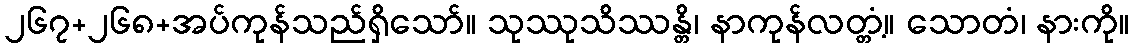
၂၆၇+၂၆၈+အပ်ကုန်သည်ရှိသော်။ သုဿုသိဿန္တိ၊ နာကုန်လတ္တံ့။ သောတံ၊ နားကို။